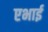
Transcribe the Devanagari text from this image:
एभाई